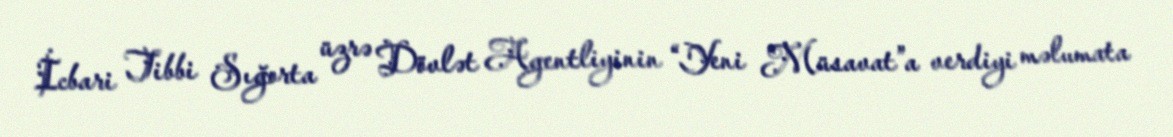
İcbari Tibbi Sığorta üzrə Dövlət Agentliyinin “Yeni Müsavat”a verdiyi məlumata